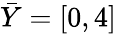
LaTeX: \bar{Y}=[0,4]